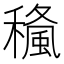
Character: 𥢓